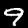
Label: 9